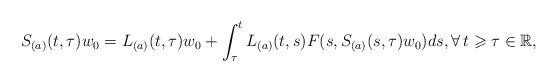
LaTeX: \begin{align*}S_{(a)}(t,\tau)w_0 = L_{(a)}(t,\tau)w_0 + \int_\tau^t L_{(a)}(t,s)F(s,S_{(a)}(s,\tau)w_0) ds,\forall \, t \geqslant \tau \in \mathbb{R},\end{align*}